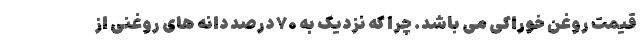
قیمت روغن خوراکی می باشد. چرا که نزدیک به ۷۰ درصد دانه های روغنی از